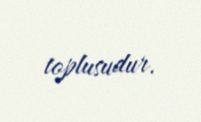
toplusudur.